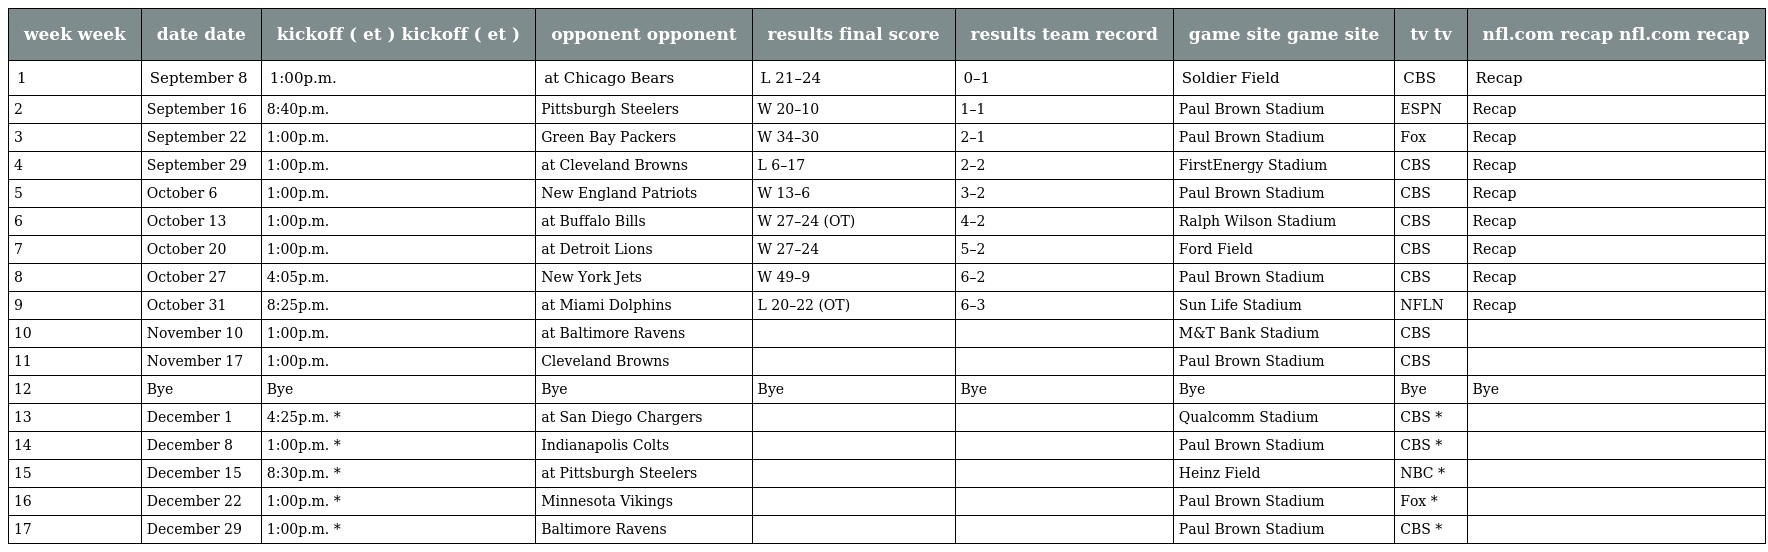
| week week | date date | kickoff ( et ) kickoff ( et ) | opponent opponent | results final score | results team record | game site game site | tv tv | nfl.com recap nfl.com recap |
 | --- | --- | --- | --- | --- | --- | --- | --- | --- |
 | 1 | September 8 | 1:00p.m. | at Chicago Bears | L 21–24 | 0–1 | Soldier Field | CBS | Recap |
 | 2 | September 16 | 8:40p.m. | Pittsburgh Steelers | W 20–10 | 1–1 | Paul Brown Stadium | ESPN | Recap |
 | 3 | September 22 | 1:00p.m. | Green Bay Packers | W 34–30 | 2–1 | Paul Brown Stadium | Fox | Recap |
 | 4 | September 29 | 1:00p.m. | at Cleveland Browns | L 6–17 | 2–2 | FirstEnergy Stadium | CBS | Recap |
 | 5 | October 6 | 1:00p.m. | New England Patriots | W 13–6 | 3–2 | Paul Brown Stadium | CBS | Recap |
 | 6 | October 13 | 1:00p.m. | at Buffalo Bills | W 27–24 (OT) | 4–2 | Ralph Wilson Stadium | CBS | Recap |
 | 7 | October 20 | 1:00p.m. | at Detroit Lions | W 27–24 | 5–2 | Ford Field | CBS | Recap |
 | 8 | October 27 | 4:05p.m. | New York Jets | W 49–9 | 6–2 | Paul Brown Stadium | CBS | Recap |
 | 9 | October 31 | 8:25p.m. | at Miami Dolphins | L 20–22 (OT) | 6–3 | Sun Life Stadium | NFLN | Recap |
 | 10 | November 10 | 1:00p.m. | at Baltimore Ravens |  |  | M&T Bank Stadium | CBS |  |
 | 11 | November 17 | 1:00p.m. | Cleveland Browns |  |  | Paul Brown Stadium | CBS |  |
 | 12 | Bye | Bye | Bye | Bye | Bye | Bye | Bye | Bye |
 | 13 | December 1 | 4:25p.m. * | at San Diego Chargers |  |  | Qualcomm Stadium | CBS * |  |
 | 14 | December 8 | 1:00p.m. * | Indianapolis Colts |  |  | Paul Brown Stadium | CBS * |  |
 | 15 | December 15 | 8:30p.m. * | at Pittsburgh Steelers |  |  | Heinz Field | NBC * |  |
 | 16 | December 22 | 1:00p.m. * | Minnesota Vikings |  |  | Paul Brown Stadium | Fox * |  |
 | 17 | December 29 | 1:00p.m. * | Baltimore Ravens |  |  | Paul Brown Stadium | CBS * |  |